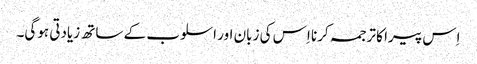
اِس پیرا کا ترجمہ کرنا اِس کی زبان اور اسلوب کے ساتھ زیادتی ہوگی۔